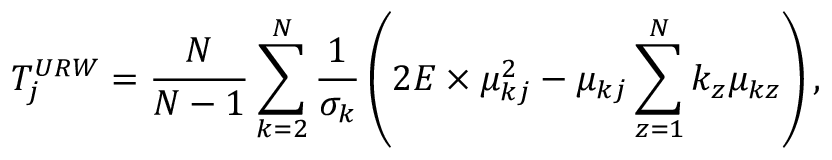
T _ { j } ^ { U R W } = \frac { N } { N - 1 } \sum _ { k = 2 } ^ { N } \frac { 1 } { \sigma _ { k } } \left( 2 E \times \mu _ { k j } ^ { 2 } - \mu _ { k j } \sum _ { z = 1 } ^ { N } k _ { z } \mu _ { k z } \right) ,